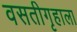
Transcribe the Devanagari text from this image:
वसतीगृहाला